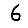
Digit: 6